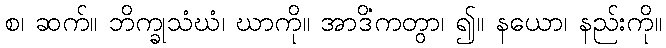
စ၊ ဆက်။ ဘိက္ခုသံဃံ၊ ဃာကို။ အာဒိံကတွာ၊ ၍။ နယော၊ နည်းကို။